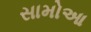
સામોઆ